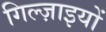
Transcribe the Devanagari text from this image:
गिल्ज़ाइयों